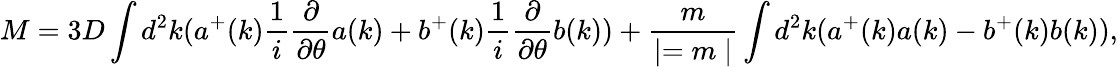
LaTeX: M=3D\int d^{2}k(a^{+}(k){\frac{1}{i}}{\frac{\partial}{\partial\theta}}a(k)+b^{+}(k){\frac{1}{i}}{\frac{\partial}{\partial\theta}}b(k))+{\frac{m}{\mid=m\mid}}\int d^{2}k(a^{+}(k)a(k)-b^{+}(k)b(k)),